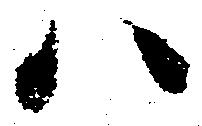
ハ